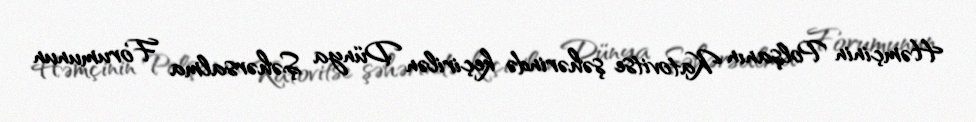
Həmçinin Polşanın Katovitse şəhərində keçirilən Dünya Şəhərsalma Forumunun